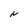
Character: N